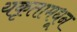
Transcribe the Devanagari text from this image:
यकृतामधून